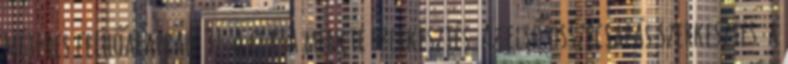
méteres felhőalappal. 37 A csata menete szerkesztés Az első összecsapás szerkesztés a